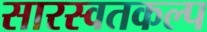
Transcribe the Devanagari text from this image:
सारस्वतकल्प